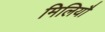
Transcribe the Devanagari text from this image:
मिलियौ